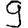
Digit: 9